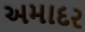
અમાદર